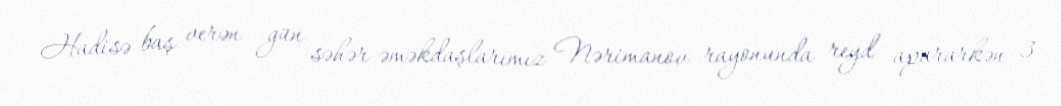
Hadisə baş verən gün səhər əməkdaşlarımız Nərimanov rayonunda reyd apararkən 3